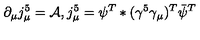
\partial _ { \mu } j _ { \mu } ^ { 5 } = { \cal A } , j _ { \mu } ^ { 5 } = \psi ^ { T } * ( \gamma ^ { 5 } \gamma _ { \mu } ) ^ { T } { \bar { \psi } } ^ { T }